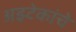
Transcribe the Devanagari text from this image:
अझ्टेकांचे